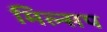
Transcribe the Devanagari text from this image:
मिल्सप